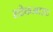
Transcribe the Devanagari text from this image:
स्टेकआउट